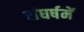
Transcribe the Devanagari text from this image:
संघर्षमें